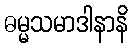
ဓမ္မသမာဒါနာနိ